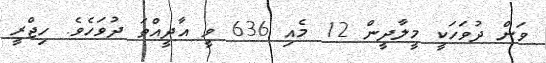
ވަން ދުވަހަކީ މީލާދީން 12 މެއި 636 ވީ އާދީއްތަ ދުވަހެވެ. ހިޖްރީ